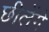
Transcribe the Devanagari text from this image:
छीलेंगे